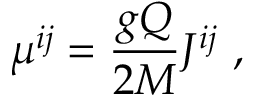
\mu ^ { i j } = { \frac { g Q } { 2 M } } J ^ { i j } \ ,